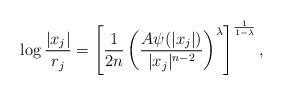
LaTeX: \begin{align*} \log \frac{|x_j|}{r_j} = \left[\frac1{2n} \left(\frac{A\psi(|x_j|)}{|x_j|^{n-2}}\right)^\lambda \right]^{\frac1{1-\lambda}},\end{align*}